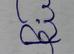
Signature authenticity: forged